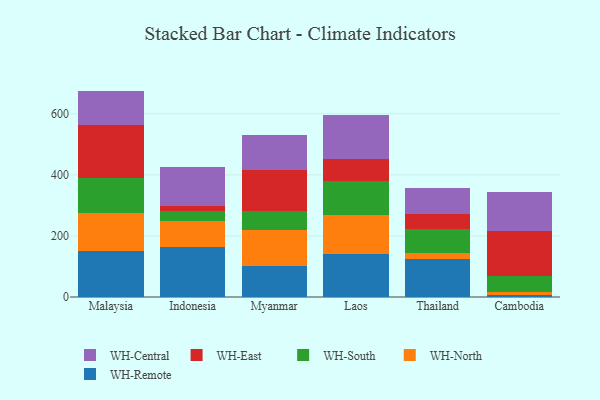
{"axis": {"x": "Country", "y": "Temperature (°C)"}, "legend": ["WH-Central", "WH-East", "WH-North", "WH-Remote", "WH-South"], "data": [{"x": "Malaysia", "y": 149.6, "type": "WH-Remote"}, {"x": "Malaysia", "y": 126.8, "type": "WH-North"}, {"x": "Malaysia", "y": 114.1, "type": "WH-South"}, {"x": "Malaysia", "y": 174.2, "type": "WH-East"}, {"x": "Malaysia", "y": 110.5, "type": "WH-Central"}, {"x": "Indonesia", "y": 164.0, "type": "WH-Remote"}, {"x": "Indonesia", "y": 84.9, "type": "WH-North"}, {"x": "Indonesia", "y": 33.0, "type": "WH-South"}, {"x": "Indonesia", "y": 14.9, "type": "WH-East"}, {"x": "Indonesia", "y": 129.2, "type": "WH-Central"}, {"x": "Myanmar", "y": 101.8, "type": "WH-Remote"}, {"x": "Myanmar", "y": 118.3, "type": "WH-North"}, {"x": "Myanmar", "y": 60.8, "type": "WH-South"}, {"x": "Myanmar", "y": 136.0, "type": "WH-East"}, {"x": "Myanmar", "y": 114.5, "type": "WH-Central"}, {"x": "Laos", "y": 139.6, "type": "WH-Remote"}, {"x": "Laos", "y": 130.0, "type": "WH-North"}, {"x": "Laos", "y": 110.5, "type": "WH-South"}, {"x": "Laos", "y": 70.5, "type": "WH-East"}, {"x": "Laos", "y": 144.3, "type": "WH-Central"}, {"x": "Thailand", "y": 125.6, "type": "WH-Remote"}, {"x": "Thailand", "y": 19.2, "type": "WH-North"}, {"x": "Thailand", "y": 78.0, "type": "WH-South"}, {"x": "Thailand", "y": 48.0, "type": "WH-East"}, {"x": "Thailand", "y": 86.5, "type": "WH-Central"}, {"x": "Cambodia", "y": 6.0, "type": "WH-Remote"}, {"x": "Cambodia", "y": 9.3, "type": "WH-North"}, {"x": "Cambodia", "y": 53.8, "type": "WH-South"}, {"x": "Cambodia", "y": 146.6, "type": "WH-East"}, {"x": "Cambodia", "y": 127.4, "type": "WH-Central"}]}